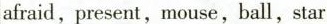
afraid, present, mouse, ball, star